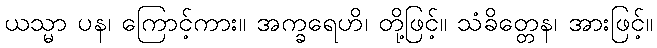
ယသ္မာ ပန၊ ကြောင့်ကား။ အက္ခရေဟိ၊ တို့ဖြင့်။ သံခိတ္တေန၊ အားဖြင့်။